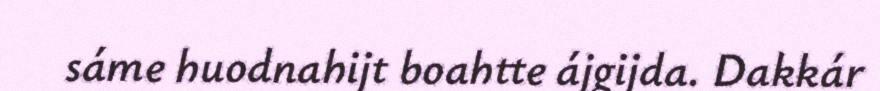
sáme huodnahijt boahtte ájgijda. Dakkár